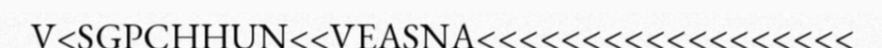
V<SGPCHHUN<<VEASNA<<<<<<<<<<<<<<<<<<